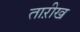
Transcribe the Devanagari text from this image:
ताऱीख